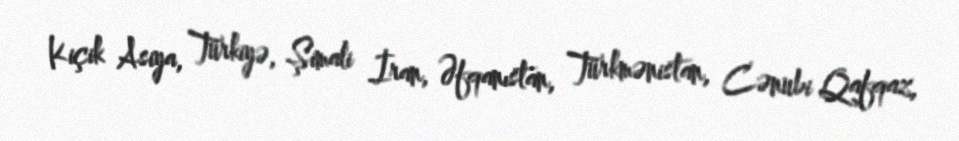
Kiçik Asiya, Türkiyə, Şimali İran, Əfqanıstan, Türkmənistan, Cənubi Qafqaz,